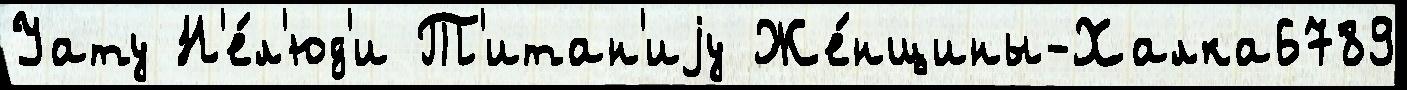
Уату Н'е́л'юд'и Т'итан'иjу Же́нщины-Халка6789